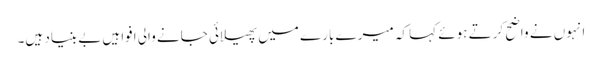
انہوں نے واضح کرتے ہوئے کہا کہ میرے بارے میں پھیلائی جانے والی افواہیں بے بنیاد ہیں۔